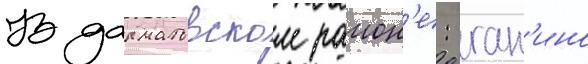
В далматовском раион'е: ган'ино